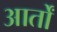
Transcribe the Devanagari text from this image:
आर्तों